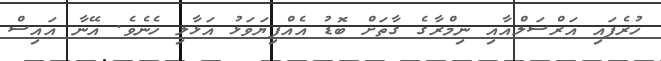
ހުރެފައި އަރްސަލްއާއި ނިމްރާގެ ގާތަށް ބޮޑު އެއްފިޔަވަޅު އަޅާލި ހެނެވެ. އޭނާ އައިސް